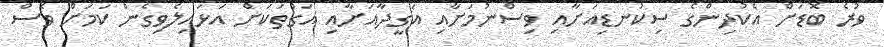
ވުރެ ބޮޑަށް އެކުދިންގެ ސިކުނޑިއަށާއި ވިސްނުމަށާއި އަގީދާއަށާއި އަގުތަކަށް އަޅައިލެވިގެން ކަމަށް ވެސް